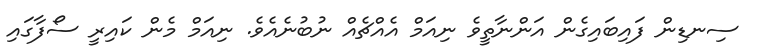
ސިނޑިން ފައިބައިގެން އަންނާތީވެ ނިއަމް އެއްޗެއް ނުބުނެއެވެ. ނިއަމް މެން ކައިރީ ސޯފާގައި